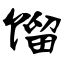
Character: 馏